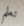
تعلم